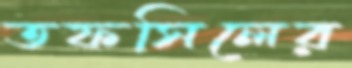
তফসিলের